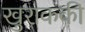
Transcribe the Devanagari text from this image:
खुराककी